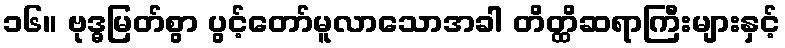
၁၆။ ဗုဒ္ဓမြတ်စွာ ပွင့်တော်မူလာသောအခါ တိတ္ထိဆရာကြီးများနှင့်